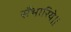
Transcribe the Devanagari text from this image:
सँभारिये।।